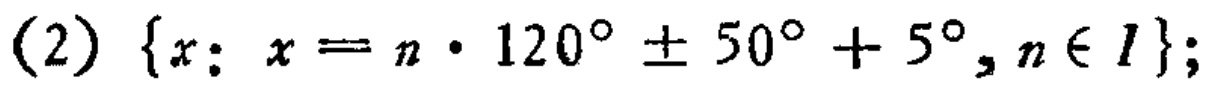
(2) \(\{x: x = n\cdot120^{\circ}\pm50^{\circ}+5^{\circ}, n\in I\}\);